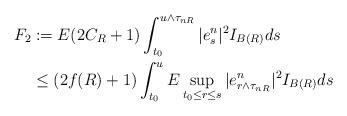
LaTeX: \begin{align*} F_2 & :=E(2C_R+1)\int_{t_0}^{u \wedge \tau_{nR}}|e^n_s|^2I_{B(R)}ds \\&\leq (2f(R)+1)\int_{t_0}^{u}E\sup_{t_0 \leq r \leq s}|e_{r \wedge \tau_{nR}}^n|^2 I_{B(R)}ds\end{align*}